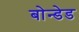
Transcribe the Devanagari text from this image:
बोन्‍डेड